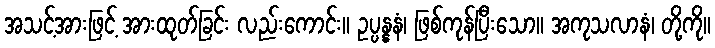
အသင့်အားဖြင့် အားထုတ်ခြင်း လည်းကောင်း။ ဥပ္ပန္နနံ၊ ဖြစ်ကုန်ပြီးသော။ အကုသလာနံ၊ တို့ကို။